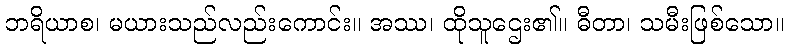
ဘရိယာစ၊ မယားသည်လည်းကောင်း။ အဿ၊ ထိုသူဌေး၏။ ဓီတာ၊ သမီးဖြစ်သော။